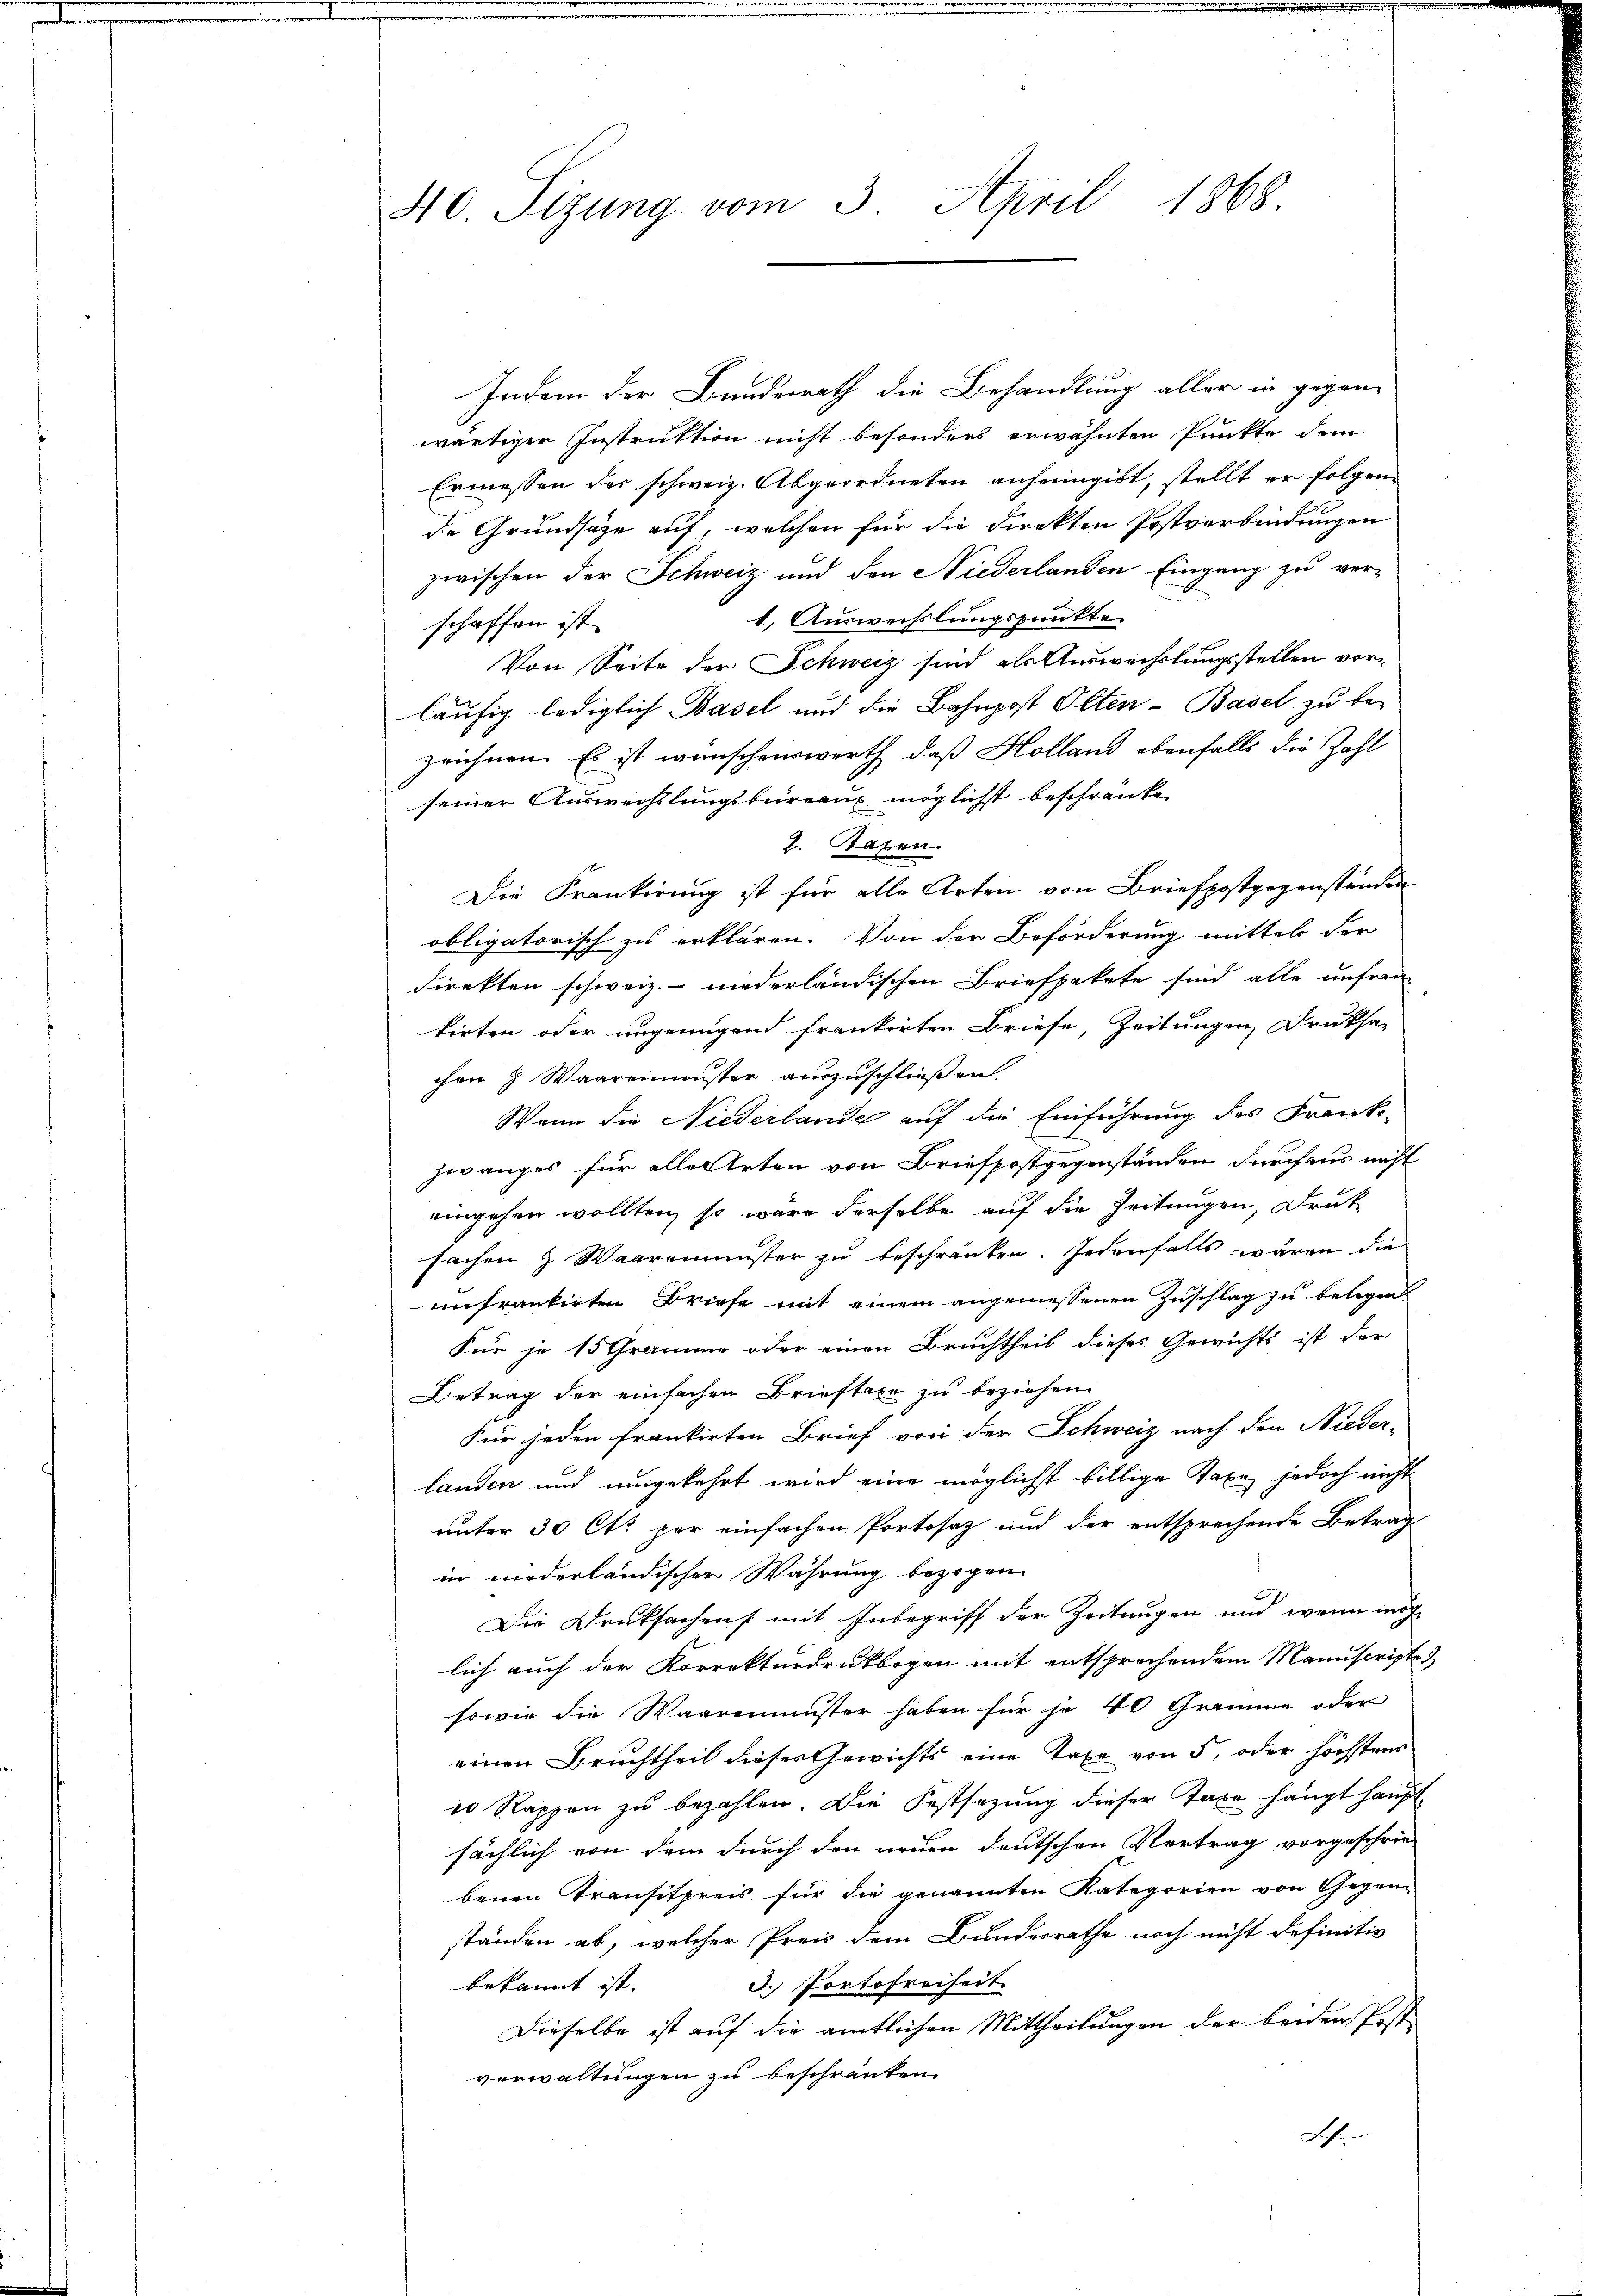
40. Sizung vom 3. April 1868

Indem der Bundesrath die Behandlung aller in gegen-
wärtiger Instruktion nicht besonders erwähnten Punkte dem
Ermessen des schweiz. Abgeordneten anheimgibt, stellt er folgend
de Grundsätze auf, welchen für die direkten Postverbindungen
zwischen der Schweiz und den Niederlanden Eingang zu ver-
1. Auswechslungspunkte
schaffen ist.
Von Seite der Schweiz sind als Auswechslungsstellen vorläufig lediglich Basel und die Bahnpost Olten-Basel zu bezeichnen. Es ist wünschenswerth, daß Holland ebenfalls die Zahl
seiner Auswechslungsbureaux möglicht beschränke
2. Taxen
Die Krankierung ist für alle Arten von Briefpostgegenständen
obligatorisch zu erklären. Von der Beförderung mittel der
direkten schweiz. niederländischen Briefpakete sind alle unfrau
kirten oder ungenügend frankirten Briefe, Zeitungen Druksa-
chen & Waaremuster auszuschließen.
Wenn die Niederlande auf die Einführung des Franks-
zwanges für aller Arten von Briefpostgegenständen durchaus nicht
eingehen wollten, so wäre derselbe auf die Zeitungen, Druk
sachen & Waaremuster zu beschränken. Jedenfalls wären die
infrankirten Briefe mit einem angemessenen Zuschlag zu belegen.
Für je 15 Gramme oder einen Bruchtheil dieses Gewichts ist der
Betrag der einfachen Brieftaxe zu beziehen.
Für jeden frankirten Brief von der Schweiz nach den Nieder-
landen und umgekehrt wird eine möglichst billige Taxe, jedoch nicht
unter 30 Ctr. per einfachen Portosaz und der entsprechende Betrag
in niederländischer Währung bezogen.
Die Druksachens mit Inbegriff der Zeitungen und wenn möchlich auch der Korrekturdruckbogen mit entsprochendem Manuscripte 3
sowie die Waaremuster haben für je 40 Gramme oder
einen Bruchtheil dieses Gewichts eine Taxe von 5, oder höchstens
10 Rappen zŭ bezahlen. Die Festsezung dieser Taxe hängt hauptsächlich von dem durch den neuen deutschen Vortrag vorgeschrie-
benen Transitpreis für die genannten Kategorien von Gegen-
ständen ab, welcher Preis dem Bunderrathe noch nicht definitiv
3. Portofreiheit
bekannt ist.
Dieselbe ist auf die amtlichen Mittheilungen der beiden Post
verwaltungen zu beschränken.
A.